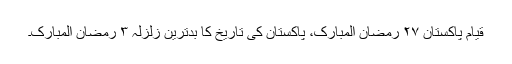
قیام پاکستان ٢٧ رمضان المبارک، پاکستان کی تاریخ کا بدترین زلزلہ ٣ رمضان المبارک۔